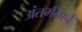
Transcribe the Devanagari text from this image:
अंतर्मनाचे